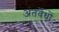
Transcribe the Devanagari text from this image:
अंतर्वेधों